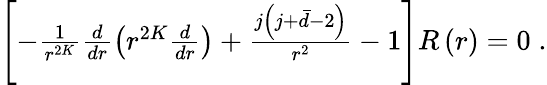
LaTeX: \begin{array}{r}{\left[-\frac{1}{r^{2K}}\frac{d}{dr}\left(r^{2K}\frac{d}{dr}\right)+\frac{j\left(j+\bar{d}-2\right)}{r^{2}}-1\right]R\left(r\right)=0\; .}\end{array}